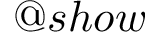
@ s h o w